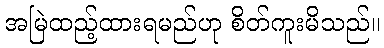
အမြဲထည့်ထားရမည်ဟု စိတ်ကူးမိသည်။